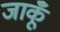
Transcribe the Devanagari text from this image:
जाकूँ